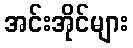
အင်းအိုင်များ